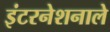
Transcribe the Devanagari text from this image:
इंटरनेशनाले